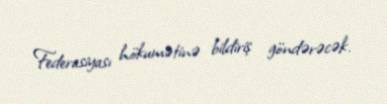
Federasiyası hökumətinə bildiriş göndərəcək.